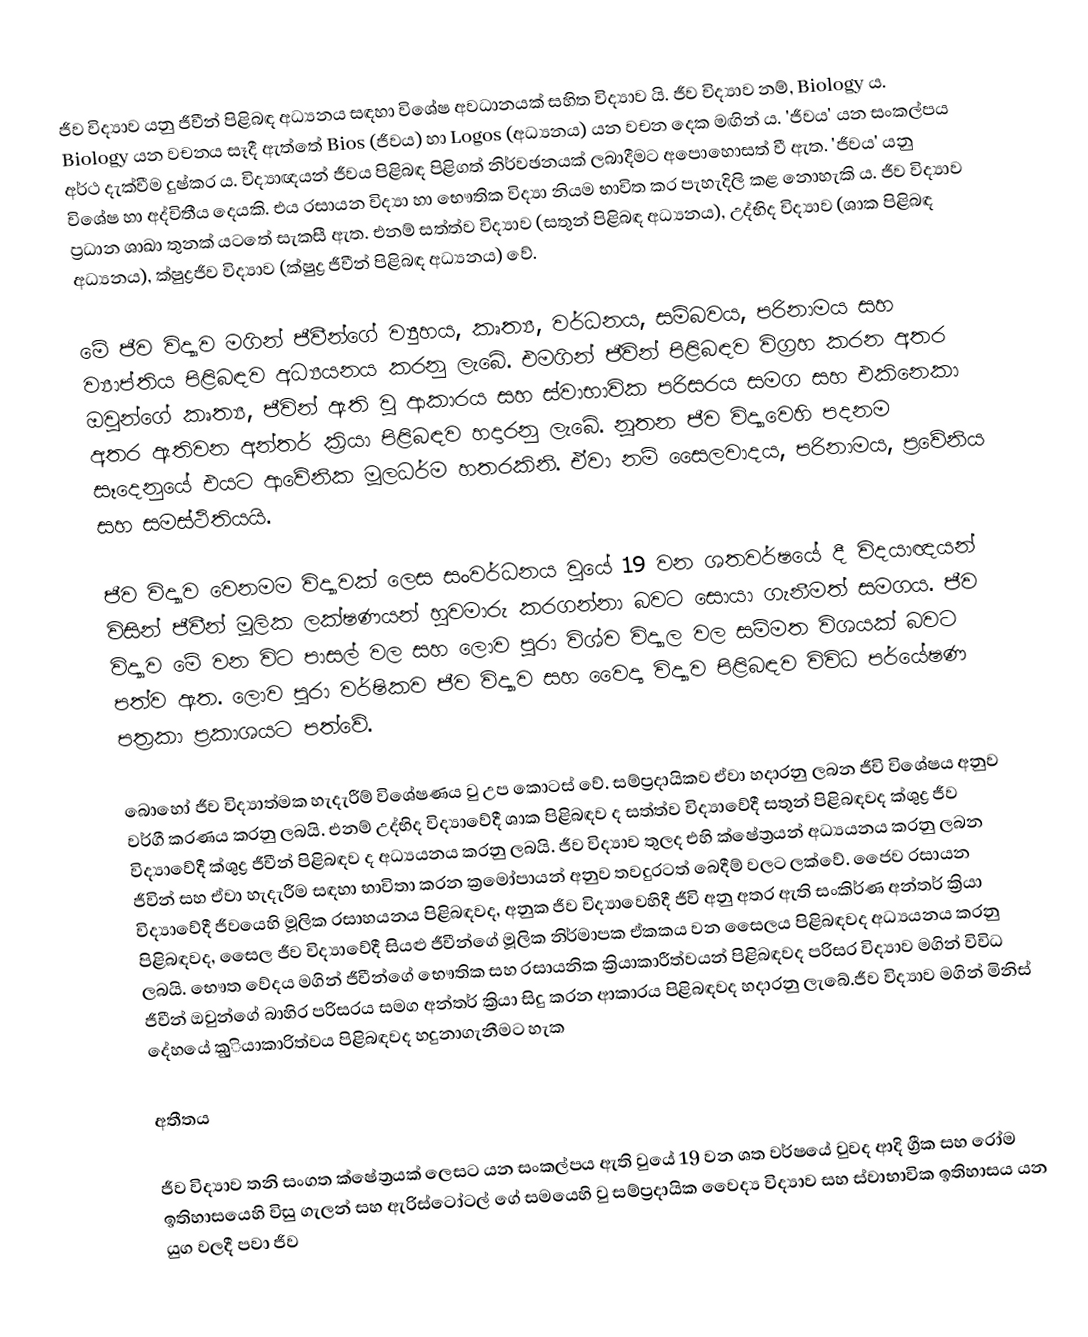
ජීව විද්‍යාව යනු ජීවීන් පිළිබඳ අධ්‍යනය සඳහා විශේෂ අවධානයක් සහිත විද්‍යාව යි. ජීව විද්‍යාව නම්, Biology ය. Biology යන වචනය සෑදී ඇත්තේ Bios (ජීවය) හා Logos (අධ්‍යනය) යන වචන දෙක මඟින් ය. 'ජීවය' යන සංකල්පය අර්ථ දැක්වීම දුෂ්කර ය. විද්‍යාඥයන් ජීවය පිළිබඳ පිළිගත් නිර්වඡනයක් ලබාදීමට අපොහොසත් වී ඇත. 'ජීවය' යනු විශේෂ හා අද්විතීය දෙයකි. එය රසායන විද්‍යා හා භෞතික විද්‍යා නියම භාවිත කර පැහැදිලි කළ නොහැකි ය. ජීව විද්‍යාව ප්‍රධාන ශාඛා තුනක් යටතේ සැකසී ඇත. එනම් සත්ත්ව විද්‍යාව (සතුන් පිළිබඳ අධ්‍යනය), උද්භිද විද්‍යාව (ශාක පිළිබඳ අධ්‍යනය), ක්ෂුද්‍රජීව විද්‍යාව (ක්ෂුද්‍ර ජීවීන් පිළිබඳ අධ්‍යනය) වේ.

මේ ජීව විද්‍යාව මගින් ජීවීන්ගේ ව්‍යුහය, කෘත්‍ය, වර්ධනය, සම්බවය, පරිනාමය සහ ව්‍යාප්තිය පිළිබඳව අධ්‍යයනය කරනු ලැබේ. එමගින් ජීවින් පිළිබඳව විග්‍රහ කරන අතර ඔවුන්ගේ කෘත්‍ය, ජීවින් ඇති වු ආකාරය සහ ස්වාභාවික පරිසරය සමග සහ එකිනෙකා අතර ඇතිවන අන්තර් ක්‍රියා පිළිබඳව හදාරනු ලැබේ. නූතන ජීව විද්‍යාවෙහි පදනම සෑදෙනුයේ එයට ආවේනික මූලධර්ම හතරකිනි. ඒවා නම් සෛලවාදය, පරිනාමය, ප්‍රවේනිය සහ සමස්ථිතියයි.

ජීව විද්‍යාව වෙනමම විද්‍යාවක් ලෙස සංවර්ධනය වුයේ 19 වන ශතවර්ෂයේ දී විදයාඥයන් විසින් ජීවීන් මූලික ලක්ෂණයන් හුවමාරු කරගන්නා බවට සොයා ගැනීමත් සමගය. ජීව විද්‍යාව මේ වන විට පාසල් වල සහ ලොව පුරා විශ්ව විද්‍යාල වල සම්මත විශයක් බවට පත්ව ඇත. ලොව පුරා වර්ෂිකව ජීව විද්‍යාව සහ වෛද්‍ය විද්‍යාව පිළිබඳව විවිධ පර්යේෂණ පත්‍රකා ප්‍රකාශයට පත්වේ.

බොහෝ ජීව විද්‍යාත්මක හැදැරීම් විශේෂණය වු උප කොටස් වේ. සම්ප්‍රදායිකව ඒවා හදාරනු ලබන ජීවි විශේෂය අනුව වර්ගී කරණය කරනු ලබයි. එනම් උද්භිද විද්‍යාවේදී ශාක පිළිබඳව ද සත්ත්ව විද්‍යාවේදී සතුන් පිළිබඳවද ක්ශුද්‍ර ජීව විද්‍යාවේදී ක්ශුද්‍ර ජීවීන් පිළිබඳව ද අධ්‍යයනය කරනු ලබයි. ජීව විද්‍යාව තුලද එහි ක්ෂේත්‍රයන් අධ්‍යයනය කරනු ලබන ජීවින් සහ ඒවා හැදැරීම සඳහා භාවිතා කරන ක්‍රමෝපායන් අනුව තවදුරටත් බෙදීම් වලට ලක්වේ. ජෛව රසායන විද්‍යාවේදී ජීවයෙහි මූලික රසාහයනය පිළිබඳවද, අනුක ජීව විද්‍යාවෙහිදී ජීවි අනු අතර ඇති සංකිර්ණ අන්තර් ක්‍රියා පිළිබඳවද, සෛල ජීව විද්‍යාවේදී සියළු ජීවීන්ගේ මූලික නිර්මාපක ඒකකය වන සෛලය පිළිබඳවද අධ්‍යයනය කරනු ලබයි. භෞත වේදය මගින් ජීවීන්ගේ භෞතික සහ රසායනික ක්‍රියාකාරීත්වයන් පිළිබඳවද පරිසර විද්‍යාව මගින් විවිධ ජීවීන් ඔවුන්ගේ බාහිර පරිසරය සමග අන්තර් ක්‍රියා සිදු කරන ආකාරය පිළිබඳවද හදාරනු ලැබේ.ජීව විද්‍යාව මගින් මිනිස් දේහයේ කුුියාකාරිත්වය පිළිබඳවද හදුනාගැනීමට හැක

අතීතය

ජීව විද්‍යාව තනි සංගත ක්ෂේත්‍රයක් ලෙසට යන සංකල්පය ඇති වුයේ 19 වන ශත වර්ෂයේ වුවද ආදි ග්‍රීක සහ රෝම ඉතිහාසයෙහි විසු ගැලන් සහ ඇරිස්ටෝටල් ගේ සම‍යෙහි වු සම්ප්‍රදායික වෛද්‍ය විද්‍යාව සහ ස්වාභාවික ඉතිහාසය යන යුග වලදී පවා ජීව